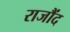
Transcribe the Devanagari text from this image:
राजौंद